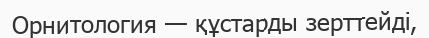
Орнитология — құстарды зерттейді,